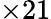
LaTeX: \times 21